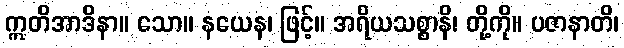
ဣတိအာဒိနာ။ သော။ နယေန၊ ဖြင့်။ အရိယသစ္စာနိ၊ တို့ကို။ ပဇာနာတိ၊